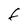
Character: f